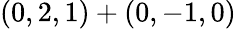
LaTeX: (0,2,1)+(0,-1,0)